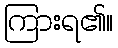
ကြားရ၏။